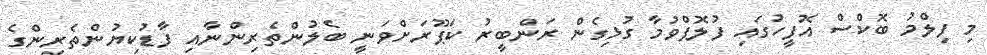
މި ފިލްމު ބޮކްސް އޮފީހުގައި ފުލޮޕްވުމާ ގުޅިގެން ރަންބީރު ކަޕޫރަށްވަނީ ބެލުންތެރިންނާއި ފާޑުކިޔުންތެރިންގެ